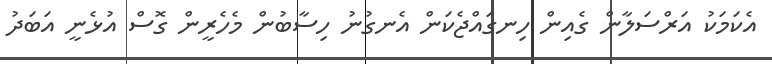
އެކަމަކު އަރްސަލާން ގެއިން ހިނގައްޖެކަން އެނގުނު ހިސާބުން މެހެރީން ގޮސް އުޅެނީ އަބަދު